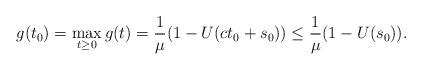
LaTeX: \begin{align*}g(t_0)=\max_{t\geq 0}g(t)=\frac{1}{\mu}(1-U(ct_0+s_0))\le \frac{1}{\mu}(1-U(s_0)). \end{align*}